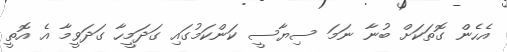
އެހެން ގޮތަކަށް ބުނާ ނަމަ ސިޔާސީ ކަންކަމުގައި ގަދަމީހާ ގަދަވީމާ އެ އޮތީ